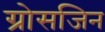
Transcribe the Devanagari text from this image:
ग्रोसजिन